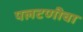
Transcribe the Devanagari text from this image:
पलटणीचा